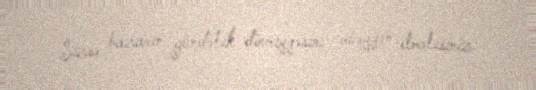
Sizsə bazarın gündəlik dövriyyəsini müəyyən etməlisiniz.